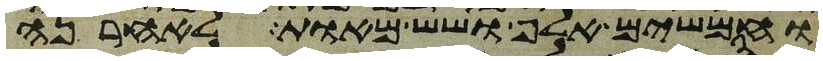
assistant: וחמשים אלף ושש מאות לאחרנה